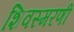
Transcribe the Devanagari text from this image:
शिवस्मरणी